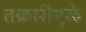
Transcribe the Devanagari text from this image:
तक्रारींमुळे